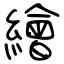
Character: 繪